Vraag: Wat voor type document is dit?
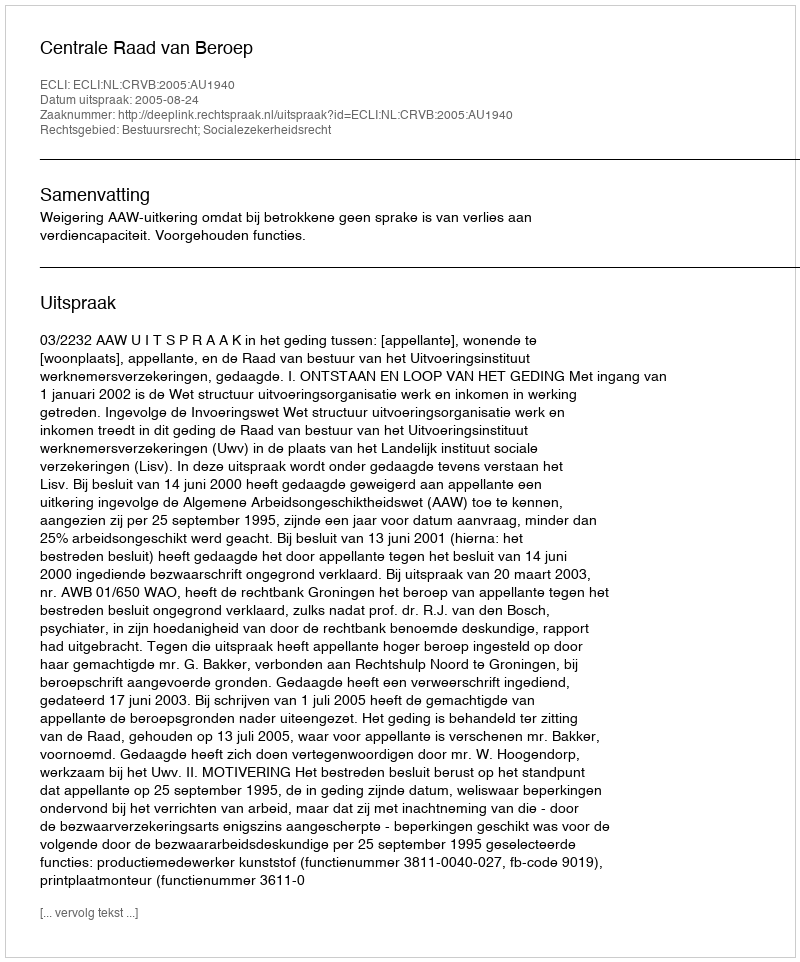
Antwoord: Uitspraak